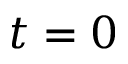
t = 0